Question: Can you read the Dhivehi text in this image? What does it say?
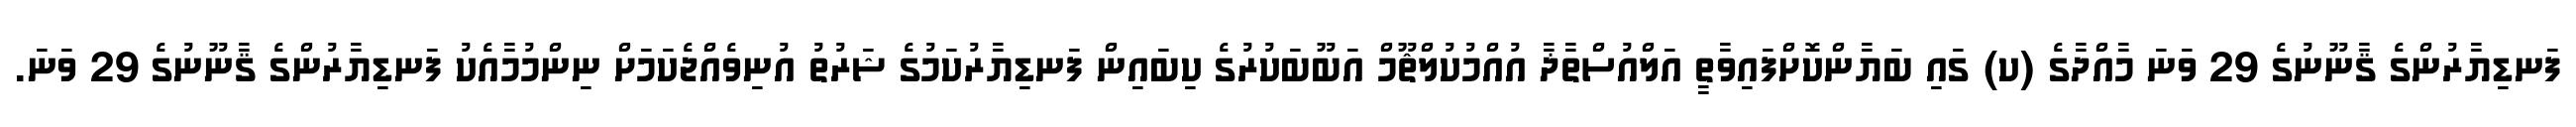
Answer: ފަނޑިޔާރުންގެ ޤާނޫނުގެ 29 ވަނަ މާއްދާގެ (ކ) ގައި ބަޔާންކޮށްފައިވާތީ އަލްއުސްތާޛާ އުއްމުކުލްޘޫމް އަބޫބަކުރުގެ ކިބައިން ފަނޑިޔާރުކަމުގެ ޝަރުތު އުނިވެއްޖެކަމަށް ނިންމުމާއެކު ފަނޑިޔާރުންގެ ޤާނޫނުގެ 29 ވަނަ.